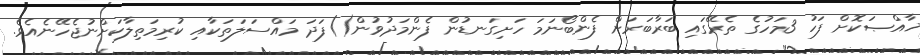
ޚާއްޞަކޮށް ފަހު 3މަހުގެ ތެރޭގައި ބަރާބަރަށް ފެންބޯނަމަ ހަށިގަނޑުން ފެންމަދުވުން()ފަދަ މައްސަލަތަކާއި ކުރިމަތިލާކަށްނުޖެހޭނެއެވެ.